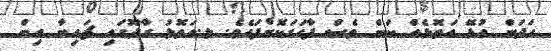
ހަދަން އުޅޭ އަތޮޅެއް ކަން ވެސް ފާހަގަކޮށްފައެވެ. ލ.އަތޮޅު ގާދޫގައި ޗައިނާ އިން